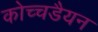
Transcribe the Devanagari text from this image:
कोच्चडैयन